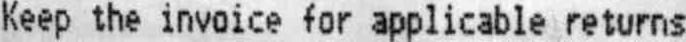
KEEP THE INVOICE FOR APPLICABLE RETURNS